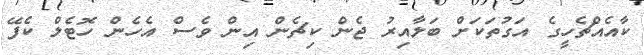
ކާއެއްޗެހީގެ އަގުތަކަށް ބަލާއިރު ޖެން ކިޗެން އިން ވެސް އެހެން ހޮޓެލް ކެފޭ